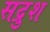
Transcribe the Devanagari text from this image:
सद्रुश